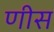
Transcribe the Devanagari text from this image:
णीस